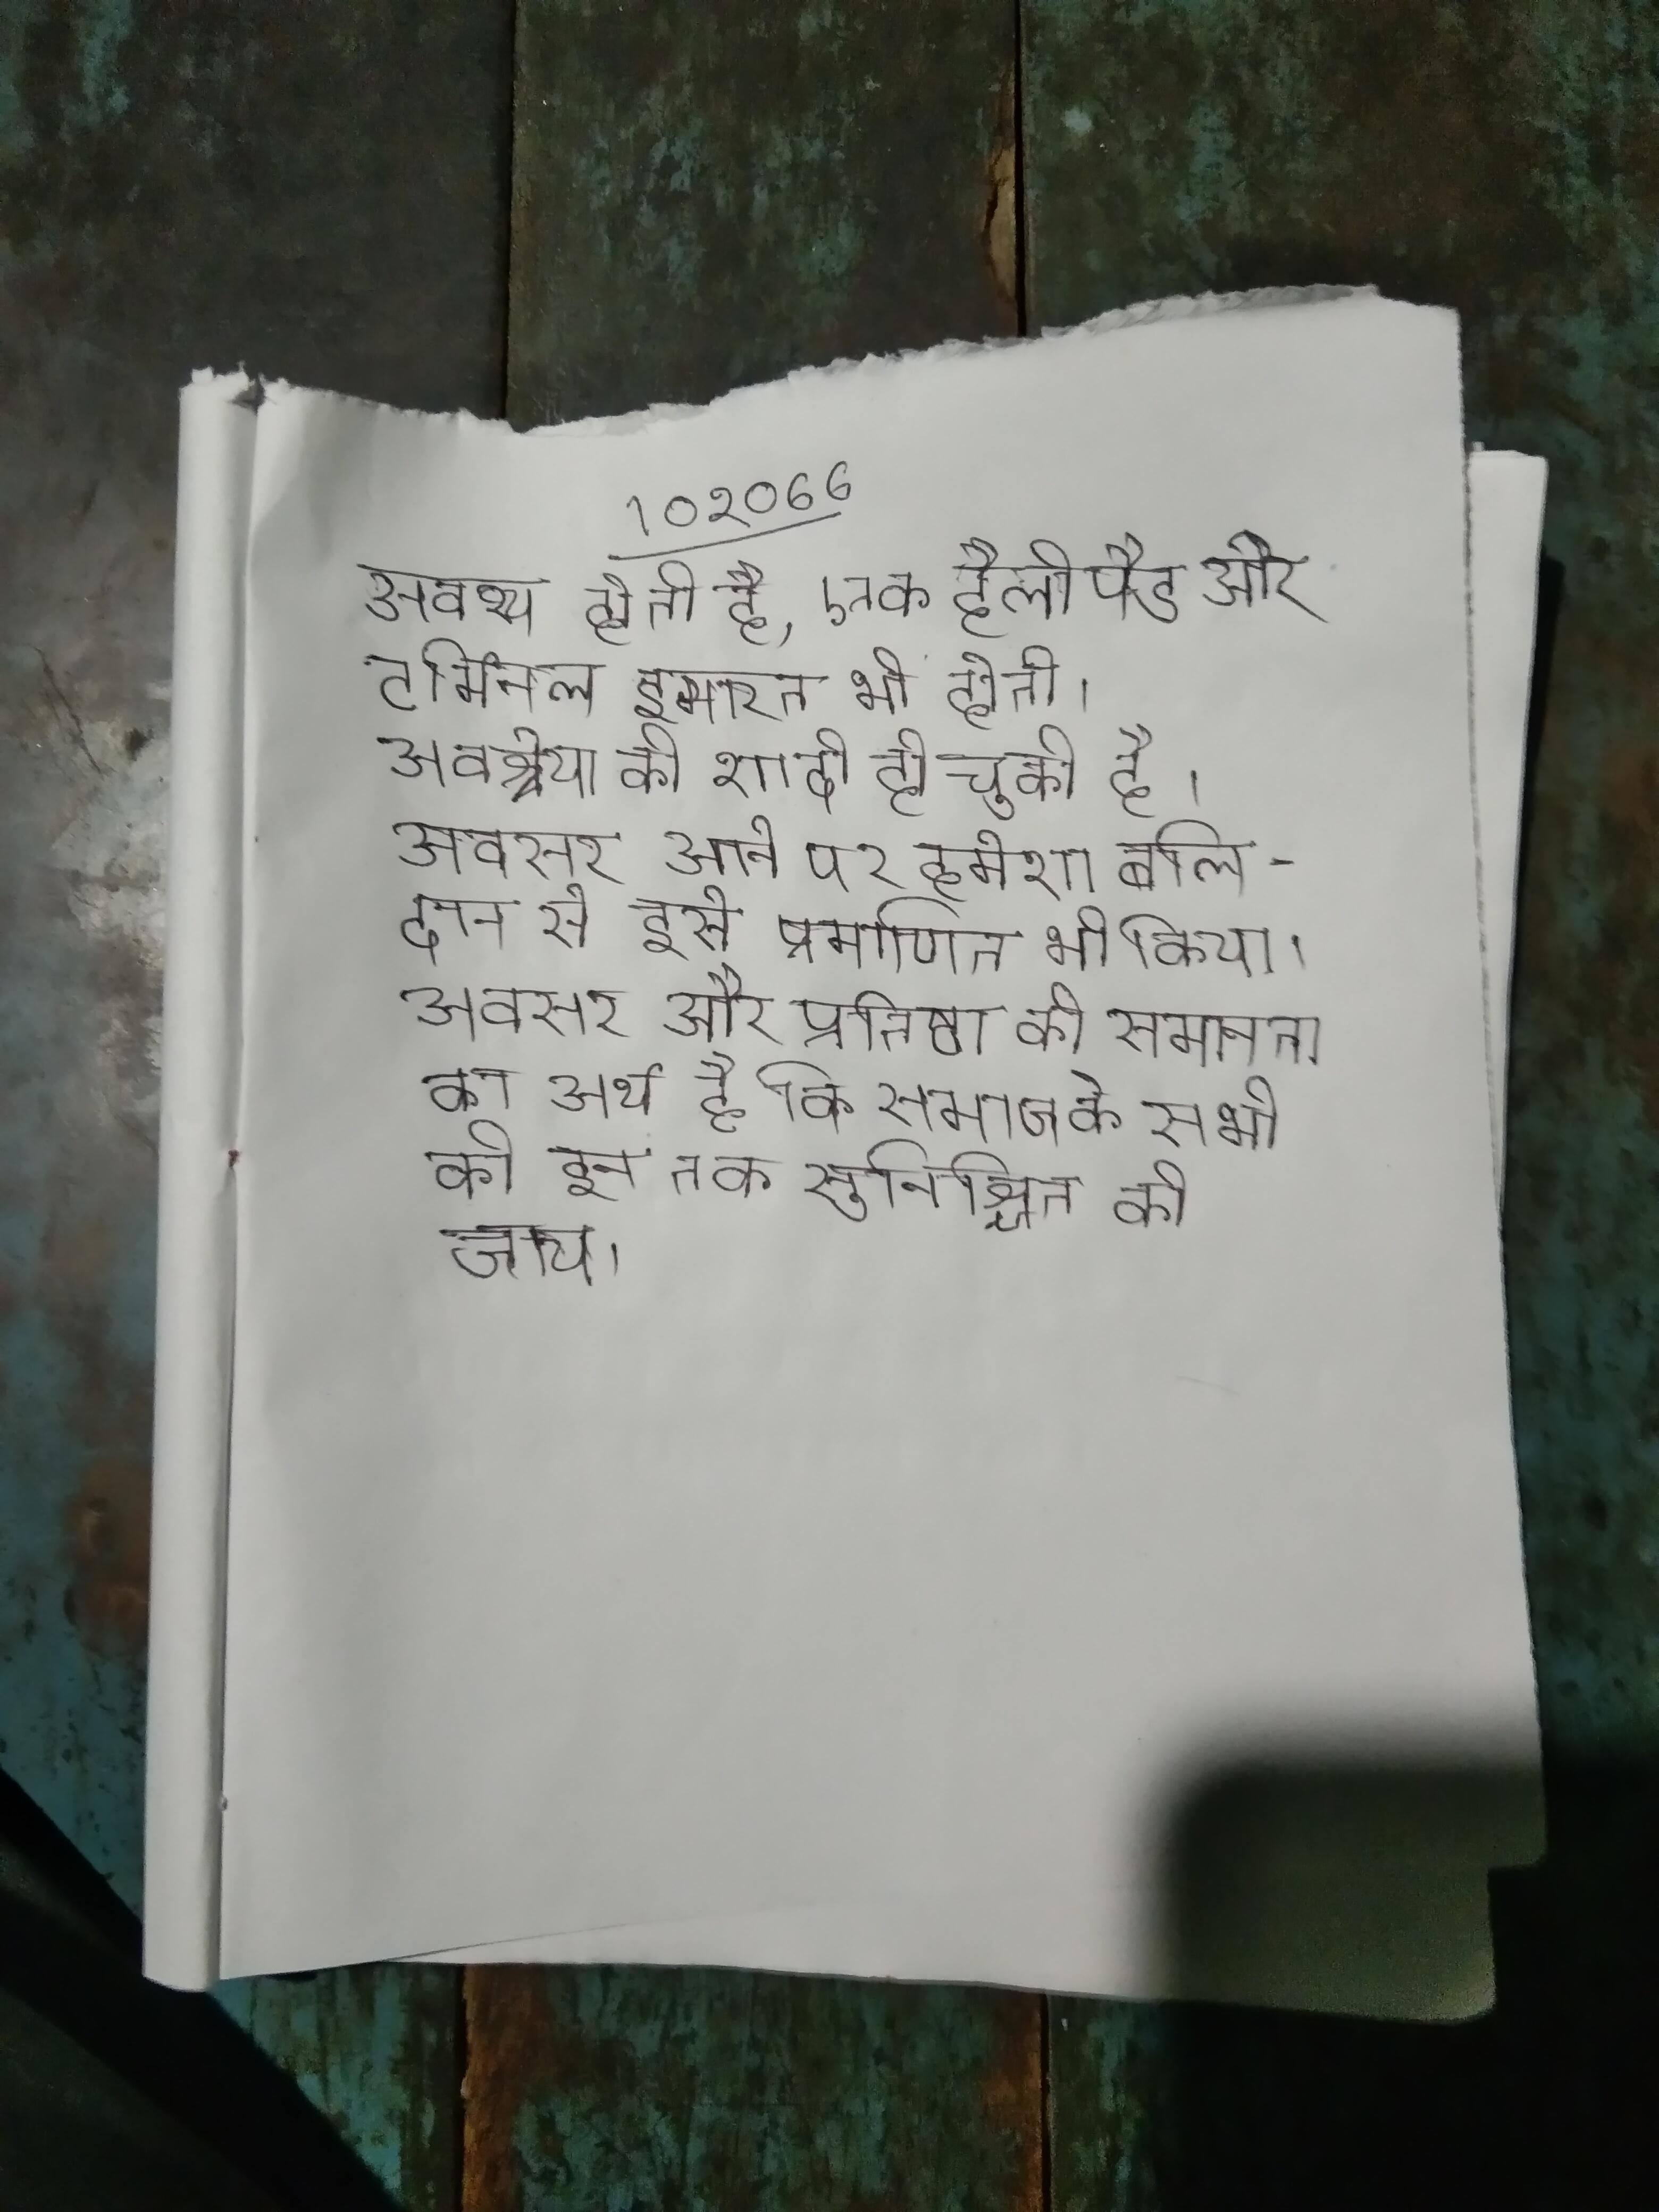
अवश्य होती है, एक हैलीपैड और टर्मिनल इमारत भी होती । अवश्रेया की शादी हो चुकी है । अवसर आने पर हमेशा बलिदान से इसे प्रमाणित भी किया । अवसर और प्रतिष्ठा की समानता का अर्थ है कि समाज के सभी की इन तक सुनिश्चित की जाय ।